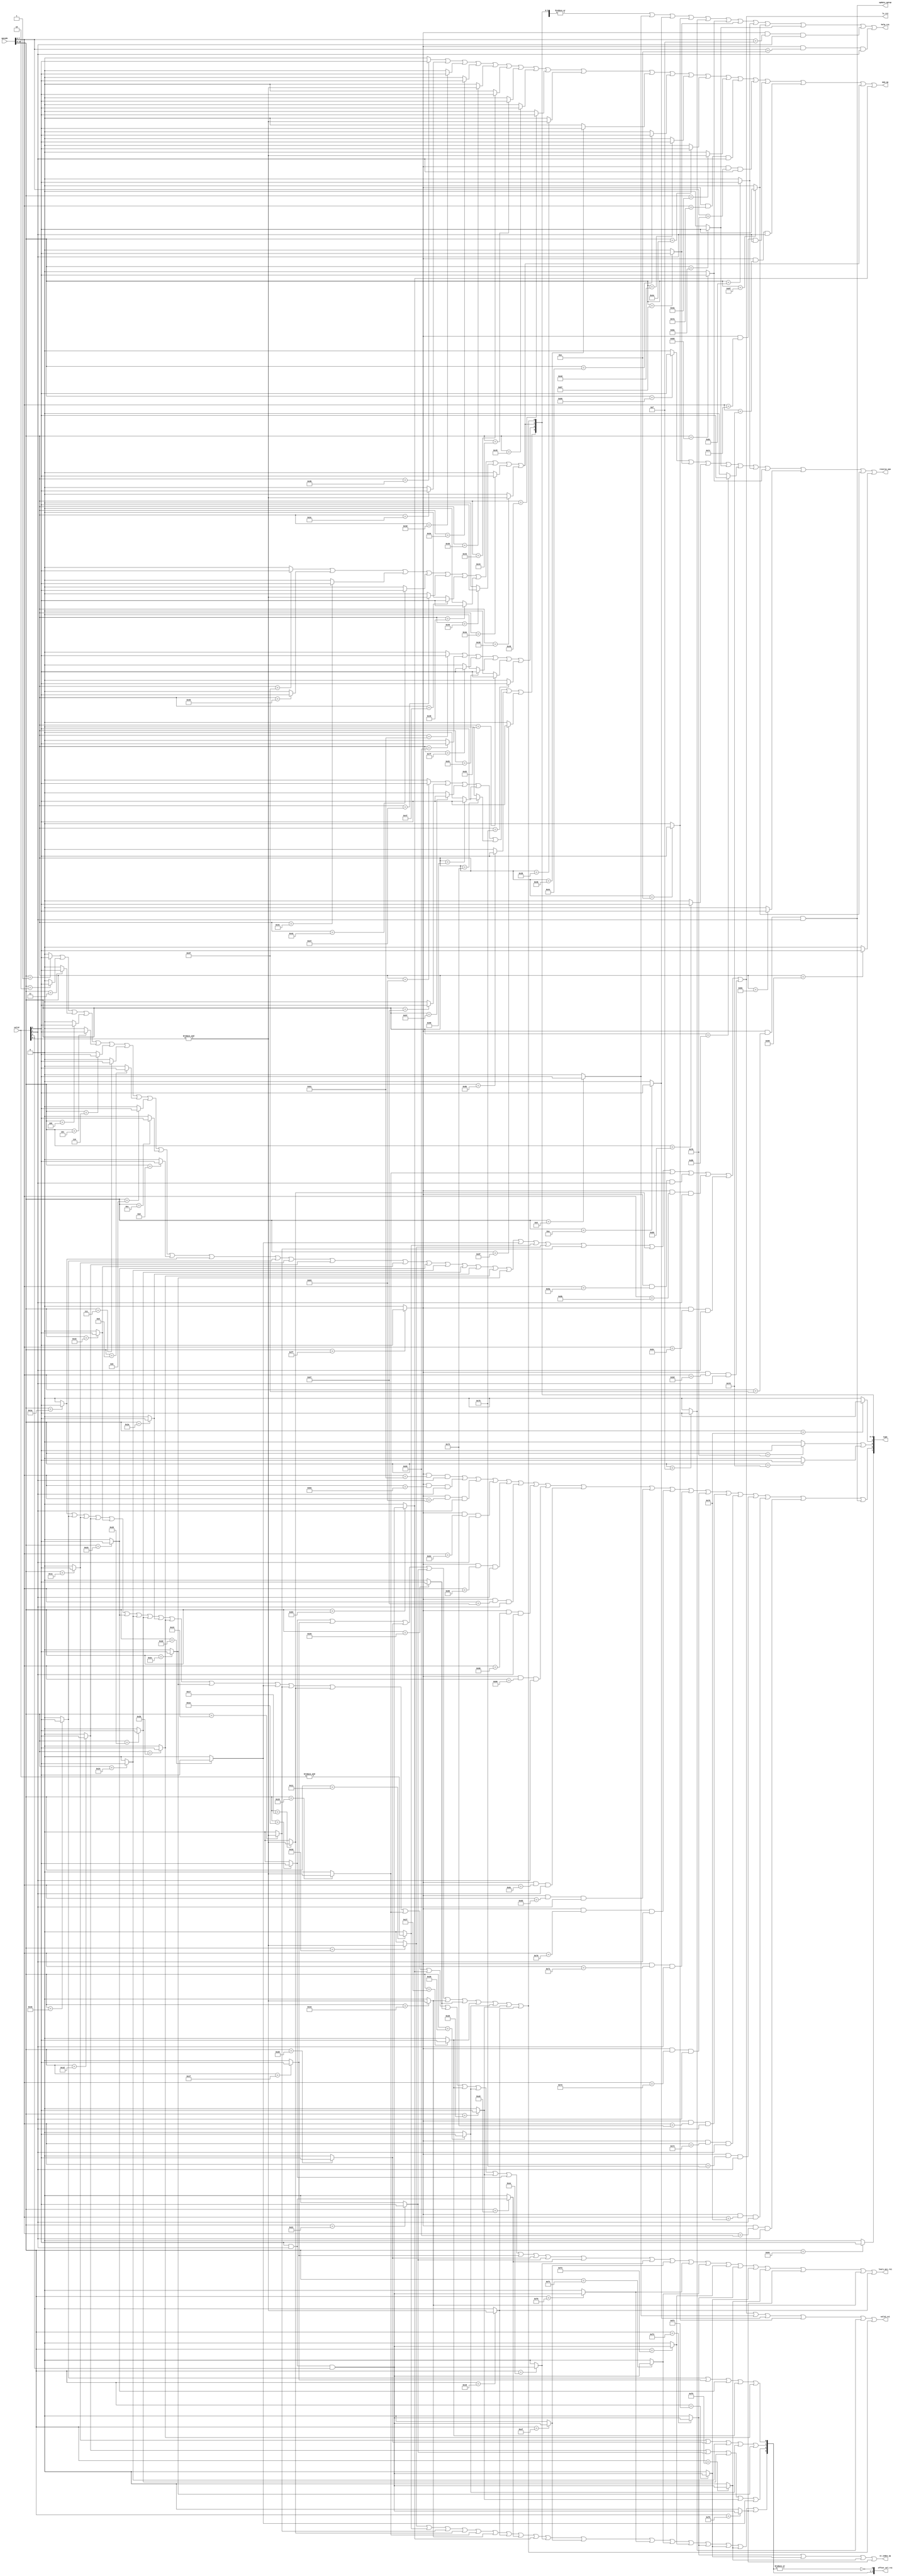
/****************************************************************
 ---------------------------------------------------------------
     Copyright 1999 Sun Microsystems, Inc., 901 San Antonio
     Road, Palo Alto, CA 94303, U.S.A.  All Rights Reserved.
     The contents of this file are subject to the current
     version of the Sun Community Source License, picoJava-II
     Core ("the License").  You may not use this file except
     in compliance with the License.  You may obtain a copy
     of the License by searching for "Sun Community Source
     License" on the World Wide Web at http://www.sun.com.
     See the License for the rights, obligations, and
     limitations governing use of the contents of this file.

     Sun, Sun Microsystems, the Sun logo, and all Sun-based
     trademarks and logos, Java, picoJava, and all Java-based
     trademarks and logos are trademarks or registered trademarks 
     of Sun Microsystems, Inc. in the United States and other
     countries.
 ----------------------------------------------------------------
******************************************************************/
module rs1_dec (

	opcode,
	valid,
	valid_rs1,
	offset_sel_rs1,
	mem_op,
	help_rs1,
	type,
	lv_rs1,
	lvars_acc_rs1,
	reverse_ops,
	st_index_op,
	update_optop
);

input	[15:0]	opcode;
input	[2:0]	valid;
output		valid_rs1;
output	[4:0]	offset_sel_rs1;	// used to select offsets 0..3 and byte while acce-
				// sing stack cache
output		mem_op;		// indicates that there's a mem op and long store
				// op in rs1; used to determine valid for rsd
output		help_rs1;	// indicates that there's a  multi-rstage operation in rs1

output  [7:0]	type;		// indicates whether the long op in rs1 is either
				// type[0] = long or double load
				// type[1] = long or double store
				// type[2] = long add, and, sub, or, xor or neg operation	
				// type[3] = double add, sub, rem, mul, div or compare operation	
				// type[4] = long shift left operation
				// type[5] = long shift right operation
				// type[6] = priv write operations
				// type[7] = long compares

output		lv_rs1;		// indicates that theres a pure lv operation in rs1
				// Useful to determine whether to access tos or
				// next tos in rs2 
output		lvars_acc_rs1;  // This signal is asserted for all operations which access
				// scache using lvars reg. in RS1
output		reverse_ops;	// Used to fix an xface pr. between  FPU and IU
output		st_index_op;	// This will be assertde whenver there are st_*_index ops
output		update_optop;	// priv update operation

	

wire		mem_rs1;
wire		read_gl0, read_gl1, read_gl2, read_gl3;
wire		write_gl0, write_gl1, write_gl2, write_gl3;
wire		write_vars,write_frame,write_optop,write_const_pool;
wire		priv_wr_psr, priv_wr_trapbase, priv_wr_lockcount0;
wire		priv_wr_lockcount1, priv_wr_lockaddr0, priv_wr_lockaddr1;
wire		priv_wr_userrange1, priv_wr_gc_config, priv_wr_brk1a;
wire		priv_wr_brk2a, priv_wr_brk12c, priv_wr_userrange2;
wire		priv_wr_sc_bottom, priv_wr_oplim;
wire		read_icache_tag,read_icache_data;

reg		aconst_null;
reg  		iconst_m1;
reg		iconst_0;
reg		iconst_1;
reg		iconst_2;
reg		iconst_3;
reg		iconst_4;
reg		iconst_5;
reg		fconst_0;
reg		fconst_1;
reg		fconst_2;
reg		iload_0;
reg		iload_1;
reg		iload_2;
reg		iload_3;
reg		fload_0;
reg		fload_1;
reg		fload_2;
reg		fload_3;
reg		aload_0;
reg		aload_1;
reg		aload_2;
reg		aload_3;
reg		sipush;
reg		bipush;
reg		iload;
reg		fload;
reg		aload;
reg		istore;
reg		fstore;
reg		astore;
reg		istore_0;
reg		istore_1;
reg		istore_2;
reg		istore_3;
reg		fstore_0;
reg		fstore_1;
reg		fstore_2;
reg		fstore_3;
reg		astore_0;
reg		astore_1;
reg		astore_2;
reg		astore_3;
reg		i2f;
reg		f2i;
reg 		i2d;
reg 		f2l;
reg		lload;
reg		dload;
reg		lload_0;
reg		lload_1;
reg		lload_2;
reg		lload_3;
reg		dload_0;
reg		dload_1;
reg		dload_2;
reg		dload_3;
reg		lstore;
reg		dstore;
reg		lstore_0;
reg		lstore_1;
reg		lstore_2;
reg		lstore_3;
reg		dstore_0;
reg		dstore_1;
reg		dstore_2;
reg		dstore_3;
reg		ladd;
reg		dadd;
reg		lsub;
reg		dsub;
reg		dmul;
reg		ddiv;
reg		drem;
reg		lneg;
reg		lshl;
reg		lshr;
reg		lushr;
reg		land;
reg		lor;
reg		lxor;
reg		f2d;
reg		l2f;
reg		l2d;
reg		d2i;
reg		d2l;
reg		d2f;
reg		lcmp;
reg		dcmpl;
reg		dcmpg;
reg		lconst_0;
reg	 	lconst_1;
reg	 	dconst_0;
reg		dconst_1;
reg		iinc;
reg		ret;
reg		ld_wd_index;
reg		ld_sh_index;
reg		ld_ch_index;
reg		ld_by_index;
reg		ld_ub_index;
reg		st_wd_index;
reg		nast_wd_index;
reg		st_sh_index;
reg		st_by_index;
reg		ext_byte_code;
reg		undefined_opcode;

always @ (opcode or valid) begin

	aconst_null	= 1'b0;
	iconst_m1	= 1'b0;
	iconst_0	= 1'b0;
	iconst_1	= 1'b0;
	iconst_2	= 1'b0;
	iconst_3	= 1'b0;
	iconst_4	= 1'b0;
	iconst_5	= 1'b0;
	fconst_0	= 1'b0;
	fconst_1	= 1'b0;
	fconst_2	= 1'b0;
	iload_0		= 1'b0;
	iload_1		= 1'b0;
	iload_2		= 1'b0;
	iload_3		= 1'b0;
	fload_0		= 1'b0;
	fload_1		= 1'b0;
	fload_2		= 1'b0;
	fload_3		= 1'b0;
	aload_0		= 1'b0;
	aload_1		= 1'b0;
	aload_2		= 1'b0;
	aload_3		= 1'b0;
	sipush		= 1'b0;
	bipush		= 1'b0;
	iload		= 1'b0;
	fload		= 1'b0;
	aload		= 1'b0;
	istore		= 1'b0;
	fstore		= 1'b0;
	astore		= 1'b0;
	istore_0	= 1'b0;
	istore_1	= 1'b0;
	istore_2	= 1'b0;
	istore_3	= 1'b0;
	fstore_0	= 1'b0;
	fstore_1	= 1'b0;
	fstore_2	= 1'b0;
	fstore_3	= 1'b0;
	astore_0	= 1'b0;
	astore_1	= 1'b0;
	astore_2	= 1'b0;
	astore_3	= 1'b0;
	f2l		= 1'b0;
	i2f		= 1'b0;
	f2i		= 1'b0;
	i2d		= 1'b0;
	lload		= 1'b0;
	dload		= 1'b0;
	lload_0		= 1'b0;
	lload_1		= 1'b0;
	lload_2		= 1'b0;
	lload_3		= 1'b0;
	dload_0		= 1'b0;
	dload_1		= 1'b0;
	dload_2		= 1'b0;
	dload_3		= 1'b0;
	lstore		= 1'b0;
	dstore		= 1'b0;
	lstore_0	= 1'b0;
	lstore_1	= 1'b0;
	lstore_2	= 1'b0;
	lstore_3	= 1'b0;
	dstore_0	= 1'b0;
	dstore_1	= 1'b0;
	dstore_2	= 1'b0;
	dstore_3	= 1'b0;
	ladd		= 1'b0;
	dadd		= 1'b0;
	lsub		= 1'b0;
	dsub		= 1'b0;
	dmul		= 1'b0;
	ddiv		= 1'b0;
	drem		= 1'b0;
	lneg		= 1'b0;
	lshl		= 1'b0;
	lshr		= 1'b0;
	lushr		= 1'b0;
	land		= 1'b0;
	lor		= 1'b0;
	lxor		= 1'b0;
	f2d		= 1'b0;
	l2f		= 1'b0;
	l2d		= 1'b0;
	d2i		= 1'b0;
	d2l		= 1'b0;
	d2f		= 1'b0;
	lcmp		= 1'b0;
	dcmpl		= 1'b0;
	dcmpg		= 1'b0;
	lconst_0	= 1'b0;
 	lconst_1	= 1'b0;
 	dconst_0	= 1'b0;
	dconst_1	= 1'b0;
	iinc		= 1'b0;
	ret		= 1'b0;
	ld_wd_index	= 1'b0;
	ld_sh_index	= 1'b0;
	ld_ch_index	= 1'b0;
	ld_by_index	= 1'b0;
	ld_ub_index	= 1'b0;
	st_wd_index	= 1'b0;
	nast_wd_index	= 1'b0;
	st_sh_index	= 1'b0;
	st_by_index	= 1'b0;
	ext_byte_code	= 1'b0;
	undefined_opcode= 1'b0;

	case(opcode[15:8])

	
		8'd1:	aconst_null = valid[0];	// aconst_null
		8'd2:  	iconst_m1 = valid[0];	// iconst_m1
		8'd3:	iconst_0 = valid[0];	// iconst_0
		8'd4:	iconst_1 = valid[0];	// iconst_1
		8'd5:	iconst_2 = valid[0];	// iconst_2
		8'd6:	iconst_3 = valid[0];	// iconst_3
		8'd7:	iconst_4 = valid[0];	// iconst_4
		8'd8:	iconst_5 = valid[0];	// iconst_5
		8'd11:	fconst_0 = valid[0];	// fconst_0
		8'd12:	fconst_1 = valid[0];	// fconst_1
		8'd13:	fconst_2 = valid[0];	// fconst_2
		8'd26:	iload_0 = valid[0];	// iload_0
		8'd27:	iload_1 = valid[0];	// iload_1
		8'd28:	iload_2 = valid[0];	// iload_2
		8'd29:	iload_3 = valid[0];	// iload_3
		8'd34:	fload_0 = valid[0];	// fload_0
		8'd35:	fload_1 = valid[0];	// fload_1
		8'd36:	fload_2 = valid[0];	// fload_2
		8'd37:	fload_3 = valid[0];	// fload_3	
		8'd42:	aload_0 = valid[0];	// aload_0
		8'd43:	aload_1 = valid[0];	// aload_1
		8'd44:	aload_2 = valid[0];	// aload_2
		8'd45:	aload_3 = valid[0];	// aload_3
		8'd17:	sipush = &(valid[2:0]);	// sipush
		8'd16:	bipush = &(valid[1:0]);	// bipush
		8'd21:	iload = &(valid[1:0]);	// iload
		8'd23:	fload = &(valid[1:0]);	// fload
		8'd25:	aload = &(valid[1:0]);	// aload
		
		8'd54:	istore = &(valid[1:0]);	// istore
		8'd56:	fstore = &(valid[1:0]);	// fstore
		8'd58:	astore = &(valid[1:0]);	// astore
		8'd59:	istore_0 = valid[0];	// istore_0
		8'd60:	istore_1 = valid[0];	// istore_1
		8'd61:	istore_2 = valid[0];	// istore_2
		8'd62:	istore_3 = valid[0];	// istore_3
		8'd67:	fstore_0 = valid[0];	// fstore_0
		8'd68:	fstore_1 = valid[0];	// fstore_1
		8'd69:	fstore_2 = valid[0];	// fstore_2
		8'd70:	fstore_3 = valid[0];	// fstore_3
		8'd75:	astore_0 = valid[0];	// astore_0
		8'd76:	astore_1 = valid[0];	// astore_1
		8'd77:	astore_2 = valid[0];	// astore_2
		8'd78:  astore_3 = valid[0];	// astore_3

		// decoding for long loads
	
		8'd22:	lload = &(valid[1:0]);	// lload
		8'd24:	dload = &(valid[1:0]);	// dload
		8'd30:	lload_0 = valid[0];	// lload_0
		8'd31:	lload_1 = valid[0];	// lload_1
		8'd32:	lload_2 = valid[0];	// lload_2
		8'd33:	lload_3 = valid[0];	// lload_3
		8'd38:	dload_0 = valid[0];	// dload_0
		8'd39:	dload_1 = valid[0];	// dload_1
		8'd40:	dload_2 = valid[0];	// dload_2
		8'd41:	dload_3 = valid[0];	// dload_3

		// decoding for long stores

		8'd55:	lstore = &(valid[1:0]);	// lstore
		8'd57:	dstore = &(valid[1:0]);	// dstore
		8'd63:	lstore_0 = valid[0];	// lstore_0
		8'd64:	lstore_1 = valid[0];	// lstore_1
		8'd65:	lstore_2 = valid[0];	// lstore_2
		8'd66:	lstore_3 = valid[0];	// lstore_3
		8'd71:	dstore_0 = valid[0];	// dstore_0
		8'd72:	dstore_1 = valid[0];	// dstore_1
		8'd73:	dstore_2 = valid[0];	// dstore_2
		8'd74:	dstore_3 = valid[0];	// dstore_3

		// decoding for long ops

		8'd97:	ladd = valid[0];	// ladd
		8'd99:	dadd = valid[0];	// dadd
		8'd101:	lsub = valid[0];	// lsub
		8'd103:	dsub = valid[0];	// dsub
		8'd107:	dmul = valid[0];	// dmul
		8'd111:	ddiv = valid[0];	// ddiv
		8'd115:	drem = valid[0];	// drem
		8'd117:	lneg = valid[0];	// lneg
		8'd121:	lshl = valid[0];	// lshl
		8'd123:	lshr = valid[0];	// lshr
		8'd125:	lushr = valid[0];	// lushr
		8'd127:	land = valid[0];	// land
		8'd129:	lor = valid[0];		// lor
		8'd131:	lxor = valid[0];	// lxor
		8'd134:	i2f = valid[0];		// i2f
		8'd135:	i2d = valid[0];		// i2d
		8'd137:	l2f = valid[0];		// l2f
		8'd138:	l2d = valid[0];		// l2d
		8'd139:	f2i = valid[0];		// f2i
		8'd140:	f2l = valid[0];		// f2l
		8'd141:	f2d = valid[0];		// f2d
		8'd142:	d2i = valid[0];		// d2i
		8'd143:	d2l = valid[0];		// d2l
		8'd144:	d2f = valid[0];		// d2f
		8'd148:	lcmp = valid[0];	// lcmp
		8'd151:	dcmpl = valid[0];	// dcmpl
		8'd152:	dcmpg = valid[0];	// dcmpg

		// decoding for long constants

                8'd9:	lconst_0 = valid[0];   // lconst_0
                8'd10: 	lconst_1 = valid[0]; // lconst_1
                8'd14: 	dconst_0 = valid[0]; // dconst_0
                8'd15: 	dconst_1 = valid[0]; // dconst_1

		// decoding for misc. ops

		8'd132:	iinc = valid[0] & valid[1] & valid[2] ;
		8'd169:	ret = valid[0] & valid[1] ;
		8'd238: ld_wd_index = valid[0] & valid[1] & valid[2];
		8'd239: ld_sh_index = valid[0] & valid[1] & valid[2];
		8'd240: ld_ch_index = valid[0] & valid[1] & valid[2];
		8'd241: ld_by_index = valid[0] & valid[1] & valid[2];
		8'd242: ld_ub_index = valid[0] & valid[1] & valid[2];
		8'd243: st_wd_index = valid[0] & valid[1] & valid[2];
		8'd244: nast_wd_index = valid[0] & valid[1] & valid[2];
		8'd245: st_sh_index = valid[0] & valid[1] & valid[2];
		8'd246: st_by_index = valid[0] & valid[1] & valid[2];

		8'd255: ext_byte_code = valid[0];
		
		default: undefined_opcode = valid[0];
	endcase

end

assign	read_gl0 = ext_byte_code & (opcode[7:0] == 8'd90) & valid[1];
assign	read_gl1 = ext_byte_code & (opcode[7:0] == 8'd91) & valid[1];
assign	read_gl2 = ext_byte_code & (opcode[7:0] == 8'd92) & valid[1];
assign	read_gl3 = ext_byte_code & (opcode[7:0] == 8'd93) & valid[1];

assign	write_gl0 = ext_byte_code & (opcode[7:0] == 8'd122) & valid[1];
assign	write_gl1 = ext_byte_code & (opcode[7:0] == 8'd123) & valid[1];
assign	write_gl2 = ext_byte_code & (opcode[7:0] == 8'd124) & valid[1];
assign	write_gl3 = ext_byte_code & (opcode[7:0] == 8'd125) & valid[1];

assign	read_icache_tag 	= ext_byte_code & (opcode[7:0] == 8'd14) & valid[1];
assign	read_icache_data 	= ext_byte_code & (opcode[7:0] == 8'd15) & valid[1];

assign	update_optop 		= ext_byte_code & (opcode[7:0] == 8'd63) & valid[1];
assign	write_vars 		= ext_byte_code & (opcode[7:0] == 8'd97) & valid[1];
assign	write_frame 		= ext_byte_code & (opcode[7:0] == 8'd98) & valid[1];
assign	write_optop 		= ext_byte_code & (opcode[7:0] == 8'd99) & valid[1];
assign	priv_wr_oplim 		= ext_byte_code & (opcode[7:0] == 8'd100) & valid[1];
assign	write_const_pool 	= ext_byte_code & (opcode[7:0] == 8'd101) & valid[1];
assign	priv_wr_psr 		= ext_byte_code & (opcode[7:0] == 8'd102) & valid[1];
assign	priv_wr_trapbase 	= ext_byte_code & (opcode[7:0] == 8'd103) & valid[1];
assign	priv_wr_lockcount0 	= ext_byte_code & (opcode[7:0] == 8'd104) & valid[1];
assign	priv_wr_lockcount1 	= ext_byte_code & (opcode[7:0] == 8'd105) & valid[1];
assign	priv_wr_lockaddr0 	= ext_byte_code & (opcode[7:0] == 8'd108) & valid[1];
assign	priv_wr_lockaddr1 	= ext_byte_code & (opcode[7:0] == 8'd109) & valid[1];
assign	priv_wr_userrange1 	= ext_byte_code & (opcode[7:0] == 8'd112) & valid[1];
assign	priv_wr_gc_config 	= ext_byte_code & (opcode[7:0] == 8'd113) & valid[1];
assign	priv_wr_brk1a 		= ext_byte_code & (opcode[7:0] == 8'd114) & valid[1];
assign	priv_wr_brk2a 		= ext_byte_code & (opcode[7:0] == 8'd115) & valid[1];
assign	priv_wr_brk12c 		= ext_byte_code & (opcode[7:0] == 8'd116) & valid[1];
assign	priv_wr_userrange2 	= ext_byte_code & (opcode[7:0] == 8'd117) & valid[1];
assign	priv_wr_sc_bottom 	= ext_byte_code & (opcode[7:0] == 8'd121) & valid[1];



assign	offset_sel_rs1[1] = iload_1 |  lload_1 | fload_1 | dload_1 | aload_1;
assign	offset_sel_rs1[2] = iload_2 |  lload_2 | fload_2 | dload_2 | aload_2;
assign	offset_sel_rs1[3] = iload_3 |  lload_3 | fload_3 | dload_3 | aload_3;
assign	offset_sel_rs1[4] = bipush | sipush | iload | fload | aload | lload | dload |
			    ret | iinc | ld_wd_index | ld_sh_index | ld_ch_index | 
			    ld_by_index | ld_ub_index | st_wd_index | nast_wd_index | 
			    st_sh_index | st_by_index;
 
assign	offset_sel_rs1[0] = !(|offset_sel_rs1[4:1]);

// Long Loads
assign	type[0]	= lload_0 | lload_1 | lload_2 | lload_3 | lload | 
		  dload_0 | dload_1 | dload_2 | dload_3 | dload ;

// Long Stores
assign	type[1]	= lstore_0 | lstore_1 | lstore_2 | lstore_3 | lstore | 
		  dstore_0 | dstore_1 | dstore_2 | dstore_3 | dstore ;

// Some Long Ops, which need . 	top2 & top4 from stack in 1st cycle and
//				top1 & top3 from stack in 2nd cycle.		

assign	type[2] = ladd | lsub | land | lor | lxor | lneg ;

// Some double Ops, which need . top1 & top3 from stack in 1st cycle and
//				 top2 & top4 from stack in 2nd cycle.		

assign	type[3] = dadd | dsub | dcmpl | dcmpg | drem | dmul | ddiv ;

// Long left shift operation 

assign type[4] = lshl ;

// Long right shift operations 

assign type[5] = lshr | lushr ;

// priv write operations

assign	type[6] = write_vars | write_frame | write_optop |
		  priv_wr_oplim | priv_wr_psr | priv_wr_trapbase |
		  priv_wr_lockcount0 | priv_wr_lockcount1 | priv_wr_lockaddr0 | 
		  priv_wr_lockaddr1 | priv_wr_userrange1 | priv_wr_gc_config | 
		  priv_wr_brk1a | priv_wr_brk2a | priv_wr_brk12c | 
		  priv_wr_userrange2 | priv_wr_sc_bottom | write_const_pool |
		  update_optop;

// lcmp

assign	type[7] = lcmp ;

// Local Var in RS1

assign	lv_rs1 = aconst_null | iconst_m1 | iconst_0 | iconst_1 | iconst_2 |
		 iconst_3 | iconst_4 | iconst_5 | fconst_0 | fconst_1 |
		 fconst_2 | iload_0 | iload_1 | iload_2 | iload_3 |  fload_0 |
		 fload_1 | fload_2 | fload_3 | aload_0 | aload_1 | aload_2 |
		 aload_3 | sipush | bipush | iload | fload | aload |
		 read_gl0 | read_gl1 | read_gl2 | read_gl3 ;


// Mem operation in RS1

assign	mem_rs1 = istore_0 | istore_1 | istore_2 | istore_3 | istore |
		  fstore_0 | fstore_1 | fstore_2 | fstore_3 | fstore |
		  astore_0 | astore_1 | astore_2 | astore_3 | astore |
		  write_gl0 | write_gl1 | write_gl2 | write_gl3 ;

// For iinc also we need to write scache just like we do for istores
assign	mem_op = mem_rs1 | type[1] | iinc;


// Valid bit for rs1 -> LVs + long consts + long loads 

assign	valid_rs1 = lv_rs1 | lconst_0 | lconst_1 | dconst_0 | dconst_1 |
		    type[0];

// multi-rstage operation in rs1

assign help_rs1 = |(type[7:0]) | lconst_0 | lconst_1 | dconst_0 | dconst_1 |
			         f2d | i2d | f2l | d2l | l2d | 
				 read_icache_data | read_icache_tag ;

// For all the operations which access scache using lvars, assert this signal

assign	lvars_acc_rs1 = iload_0 | iload_1 | iload_2 | iload_3 |
			fload_0 | fload_1 | fload_2 | fload_3 |
			aload_0 | aload_1 | aload_2 | aload_3 |
			iload	| fload	  | aload   | iinc    | 
			dload_0 | dload_1 | dload_2 | dload_3 |
			lload_0 | lload_1 | lload_2 | lload_3 |
			ret | ld_wd_index | ld_sh_index | 
			ld_ch_index | ld_by_index | ld_ub_index |
			st_wd_index | nast_wd_index | st_sh_index |
			st_by_index | lload | dload;

assign	st_index_op = (st_wd_index | nast_wd_index | 
			st_sh_index | st_by_index);
	
// For the following operations we need to reverse rs1 and rs1 due
// to some xface problesm between IU and FPU

assign 	reverse_ops = (i2f | i2d | l2f | l2d | f2i | 
			f2l | f2d | d2i | d2l | d2f);


endmodule